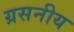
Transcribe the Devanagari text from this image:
ग्रसनीय